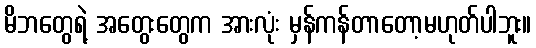
မိဘတွေရဲ့ အတွေးတွေက အားလုံး မှန်ကန်တာတော့မဟုတ်ပါဘူး။